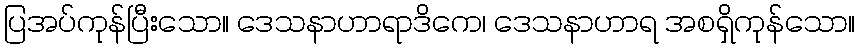
ပြအပ်ကုန်ပြီးသော။ ဒေသနာဟာရာဒိကေ၊ ဒေသနာဟာရ အစရှိကုန်သော။